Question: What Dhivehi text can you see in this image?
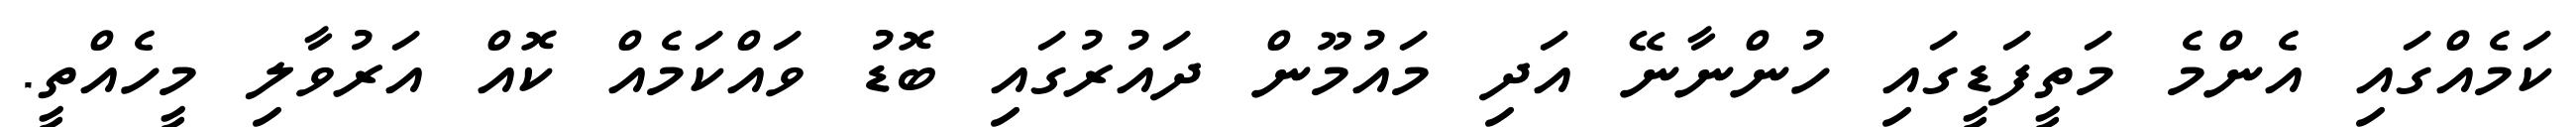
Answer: ކަމެއްގައި އެންމެ މަތީފަޑީގައި ހުންނާނޭ އަދި މައުމޫން ދައުރުގައި ބޮޑު ވައްކަމެއް ކޮއް އަރުވާލި މީހެއްތީ.